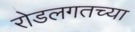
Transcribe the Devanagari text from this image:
रोडलगतच्या